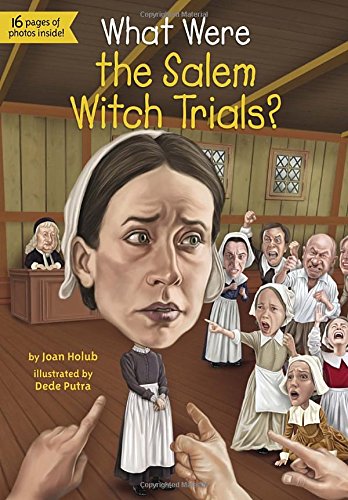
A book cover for What Were the Salem Witch Trials? (What Was...?); Joan Holub; Children's Books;